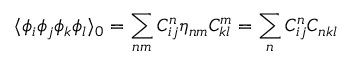
\langle \phi _ { i } \phi _ { j } \phi _ { k } \phi _ { l } \rangle _ { 0 } = \sum _ { n m } C _ { i j } ^ { n } \eta _ { n m } C _ { k l } ^ { m } = \sum _ { n } C _ { i j } ^ { n } C _ { n k l }